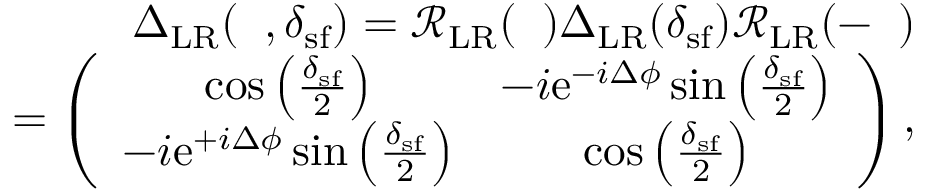
\begin{array} { r l r } & { } & { { \Delta } _ { \mathrm { L R } } ( { \it \Delta \phi } , \delta _ { \mathrm { s f } } ) = \mathcal { R } _ { \mathrm { L R } } ( { \it \Delta \phi } ) { \Delta } _ { \mathrm { L R } } ( \delta _ { \mathrm { s f } } ) \mathcal { R } _ { \mathrm { L R } } ( - { \it \Delta \phi } ) } \\ & { } & { = \left( \begin{array} { c c } { \cos \left( \frac { \delta _ { \mathrm { s f } } } { 2 } \right) } & { - i \mathrm { e } ^ { - i \Delta \phi } \sin \left( \frac { \delta _ { \mathrm { s f } } } { 2 } \right) } \\ { - i \mathrm { e } ^ { + i \Delta \phi } \sin \left( \frac { \delta _ { \mathrm { s f } } } { 2 } \right) } & { \cos \left( \frac { \delta _ { \mathrm { s f } } } { 2 } \right) } \end{array} \right) , } \end{array}